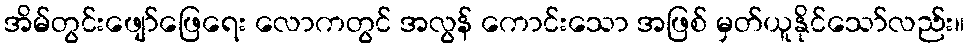
အိမ်တွင်းဖျော်ဖြေရေး လောကတွင် အလွန် ကောင်းသော အဖြစ် မှတ်ယူနိုင်သော်လည်း။